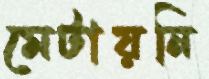
মেটায়নি